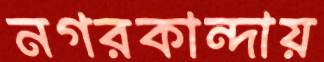
নগরকান্দায়